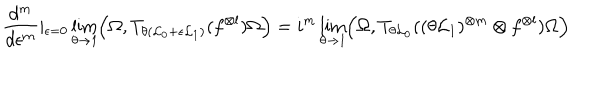
\frac { d ^ { m } } { d \epsilon ^ { m } } \vert _ { \epsilon = 0 } \lim _ { \theta \to 1 } \Bigl ( \Omega , T _ { \theta ( { \cal L } _ { 0 } + \epsilon { \cal L } _ { 1 } ) } ( f ^ { \otimes l } ) \Omega \Bigr ) = i ^ { m } \lim _ { \theta \to 1 } \Bigl ( \Omega , T _ { \theta { \cal L } _ { 0 } } ( ( \theta { \cal L } _ { 1 } ) ^ { \otimes m } \otimes f ^ { \otimes l } ) \Omega \Bigr )